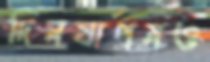
দিনযাপনও